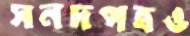
সনদপত্রও